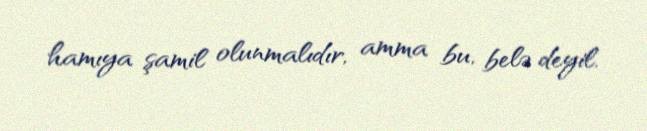
hamıya şamil olunmalıdır, amma bu, belə deyil.